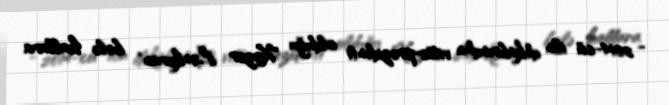
- 2014-cü ilin dekabrından vitse-prezidenti olduğu "Xəzər Lənkəran" belə hallara